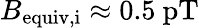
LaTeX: B_{\mathrm{equiv,i}}\approx 0.5~\mathrm{pT}